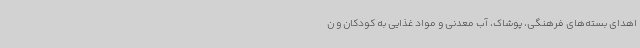
اهدای بسته‌های فرهنگی، پوشاک، آب معدنی و مواد غذایی به کودکان و ن